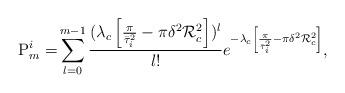
LaTeX: \begin{align*}\mathrm{P}_{m}^i = & \sum^{m-1}_{l=0}\frac{(\lambda_c\left[\frac{\pi}{\bar{\tau}_i^2 } - \pi\delta^2 \mathcal{R}_c^2\right])^l}{l!}e^{-\lambda_c\left[\frac{\pi}{\bar{\tau}_i^2} - \pi\delta^2 \mathcal{R}_c^2\right]}, \end{align*}